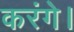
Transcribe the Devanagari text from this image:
करंगे।